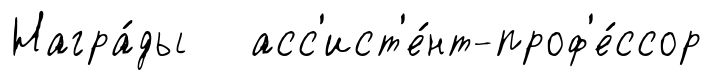
Награ́ды асс'ист'е́нт-проф'е́ссор